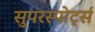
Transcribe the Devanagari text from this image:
सुपरस्पोर्ट्स